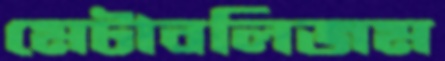
মেটাবলিজম